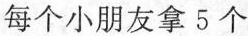
。每个小朋友拿5个